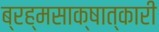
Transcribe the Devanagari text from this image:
ब्रह्मसाक्षात्कारी